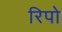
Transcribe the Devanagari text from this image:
रिपो